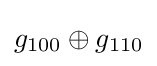
g_{100}\oplus g_{110}